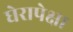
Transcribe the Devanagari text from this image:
घेरापेक्षा